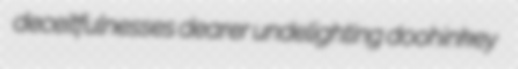
deceitfulnesses dearer undelighting doohinkey